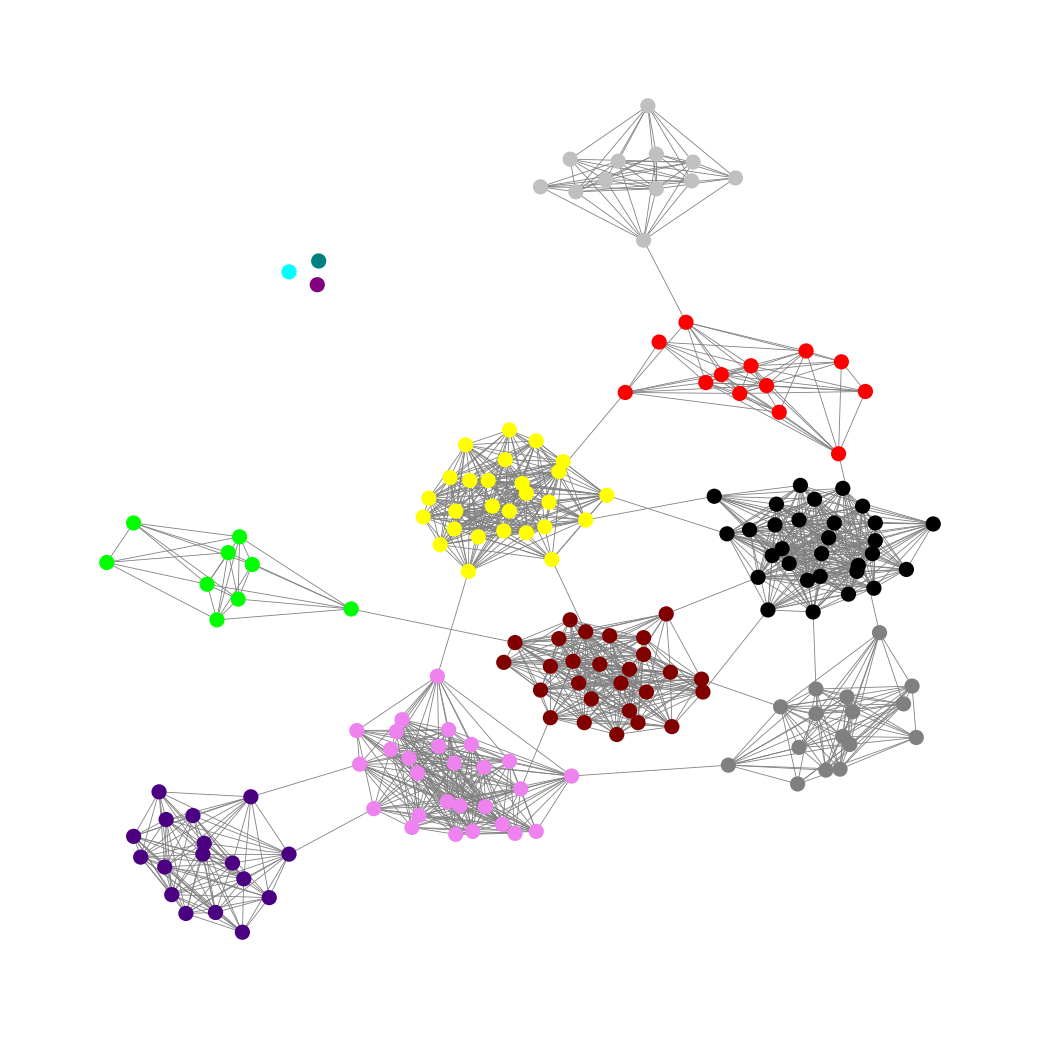
Graph connected: No
Number of connected components: 4
Number of singletons: 3
Total number of nodes: 181
Total number of edges: 1390
Number of communities: 12
Community sizes:
Aqua: 1
Black: 30
Gray: 16
Indigo: 17
Lime: 9
Maroon: 27
Purple: 1
Red: 13
Silver: 12
Teal: 1
Violet: 27
Yellow: 27
Graph layout: tda
Graph generation method: erdos_renyi